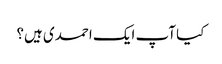
کیا آپ ایک احمدی ہیں؟